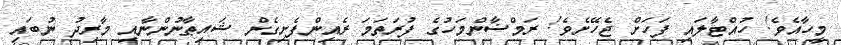
މީހާއެވެ! ހުއްޓާލައި ފަހަށް ޖެހޭށެވެ! ރަމްޟާންމަހުގެ ފުރަތަމަ ރެއިންފެށިގެން ޝައިޠާނުންނާއި މާރިދު ނުބައި